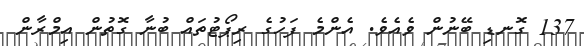
137 ގޮނޑި ބޭނުން ވެއެވެ. އެންމެ ފަހުގެ ރިޕޯޓުތައް ބުނާ ގޮތުން އިމްރާން